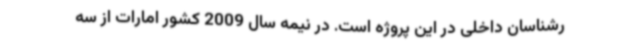
رشناسان داخلی در این پروژه است. در نیمه سال 2009 کشور امارات از سه